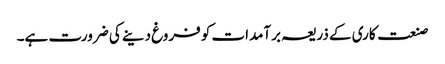
صنعت کاری کے ذریعہ برآمدات کو فروغ دینے کی ضرورت ہے۔